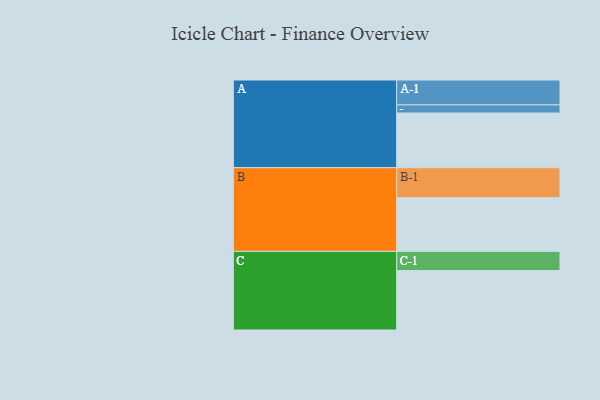
{"axis": {"x": "Segment", "y": "Value"}, "legend": ["", "A", "B", "C"], "data": [{"x": "A", "y": 422, "type": ""}, {"x": "B", "y": 414, "type": ""}, {"x": "C", "y": 459, "type": ""}, {"x": "A-1", "y": 192, "type": "A"}, {"x": "A-2", "y": 63, "type": "A"}, {"x": "B-1", "y": 232, "type": "B"}, {"x": "C-1", "y": 148, "type": "C"}]}